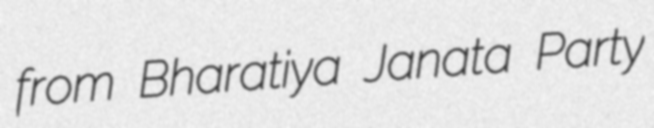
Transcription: from Bharatiya Janata Party